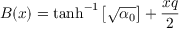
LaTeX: B ( x ) = \operatorname { t a n h } ^ { - 1 } \left[ \sqrt { \alpha _ { 0 } } \right] + { \frac { x q } { 2 } }